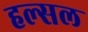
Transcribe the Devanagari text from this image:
हल्सल